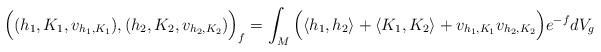
LaTeX: \begin{align*} \Big((h_1,K_1,v_{h_1,K_1}),(h_2,K_2,v_{h_2,K_2})\Big)_{f}=\int_M \Big(\langle h_1,h_2 \rangle+\langle K_1,K_2 \rangle+ v_{h_1,K_1} v_{h_2,K_2}\Big)e^{-f}dV_g \end{align*}